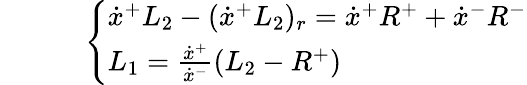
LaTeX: \quad\quad\quad\left\{ \begin{array}{l}{{\dot{x}^{+}L_{2}-(\dot{x}^{+}L_{2})_{r}=\dot{x}^{+}R^{+}+\dot{x}^{-}R^{-}}}\\ {{L_{1}={\frac{\dot{x}^{+}}{\dot{x}^{-}}}(L_{2}-R^{+})}}\end{array}\right.